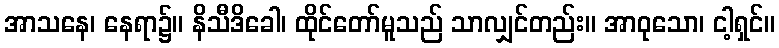
အာသနေ၊ နေရာ၌။ နိသီဒိခေါ၊ ထိုင်တော်မူသည် သာလျှင်တည်း။ အာဝုသော၊ ငါ့ရှင်။